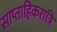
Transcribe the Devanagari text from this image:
साप्ताहिकरात्रि